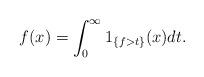
LaTeX: \begin{align*} f(x)=\int_0^{\infty }1_{\{ f> t\}}(x)dt.\end{align*}